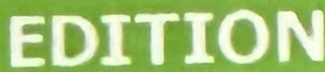
EDITION